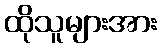
ထိုသူများအား